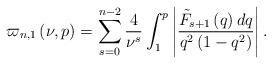
LaTeX: \begin{align*}\varpi _{n,1}\left( {\nu ,p}\right) =\sum\limits_{s=0}^{n-2}{\frac{4}{\nu^{s}}\int_{1}^{p}{\left\vert {\frac{\tilde{{F}}_{s+1}\left( q\right) dq}{q^{2}\left( {1-q^{2}}\right) }}\right\vert .}} \end{align*}